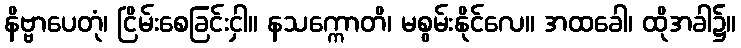
နိဗ္ဗာပေတုံ၊ ငြိမ်းစေခြင်းငှါ။ နသက္ကောတိ၊ မစွမ်းနိုင်လေ။ အထခေါ၊ ထိုအခါ၌။